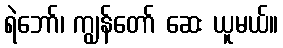
ရဲဘော်၊ ကျွန်တော် ဆေး ယူမယ်။